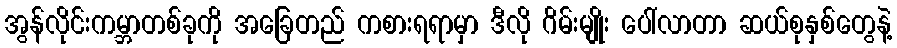
အွန်လိုင်းကမ္ဘာတစ်ခုကို အခြေတည် ကစားရရာမှာ ဒီလို ဂိမ်းမျိုး ပေါ်လာတာ ဆယ်စုနှစ်တွေနဲ့